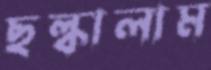
ছল্‌কালাম